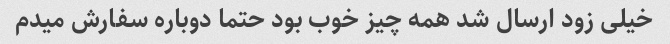
خیلی زود ارسال شد همه چیز خوب بود حتما دوباره سفارش میدم